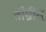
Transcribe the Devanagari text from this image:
तीग्रीस्